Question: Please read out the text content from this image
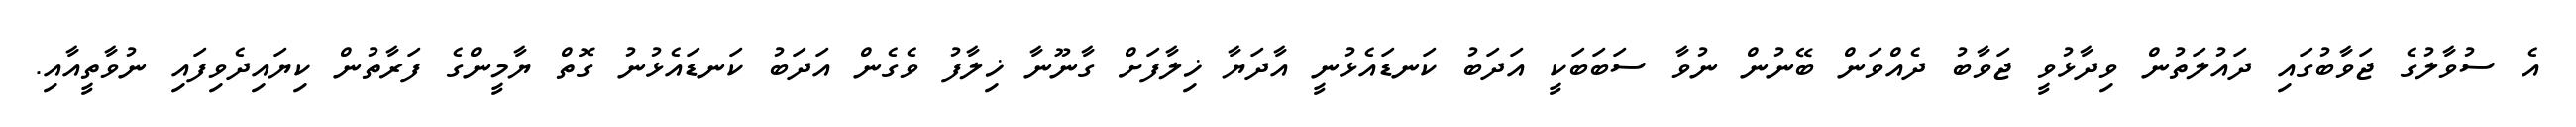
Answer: އެ ސުވާލުގެ ޖަވާބުގައި ދައުލަތުން ވިދާޅުވީ ޖަވާބު ދެއްވަން ބޭނުން ނުވާ ސަބަބަކީ އަދަބު ކަނޑައެޅުނީ އާދަޔާ ޚިލާފަށް ގާނޫނާ ޚިލާފު ވެގެން އަދަބު ކަނޑައެޅުނު ގޮތް ޔާމީންގެ ފަރާތުން ކިޔައިދެވިފައި ނުވާތީއާއި.